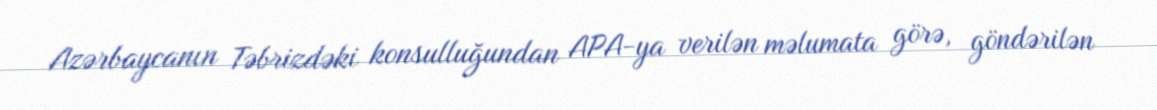
Azərbaycanın Təbrizdəki konsulluğundan APA-ya verilən məlumata görə, göndərilən